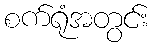
စက်ရုံအတွင်း